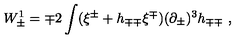
W _ { \pm } ^ { 1 } = \mp 2 \int ( \xi ^ { \pm } + h _ { \mp \mp } \xi ^ { \mp } ) ( \partial _ { \pm } ) ^ { 3 } h _ { \mp \mp } \ ,